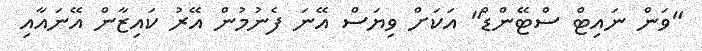
"ވަން ނައިޓް ސްޓޭންޑް" އަކަށް ވިޔަސް އޭނަ ފެނުމުން އޭރު ކައިޒާން އޭނައާއި